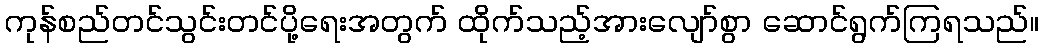
ကုန်စည်တင်သွင်းတင်ပို့ရေးအတွက် ထိုက်သည့်အားလျော်စွာ ဆောင်ရွက်ကြရသည်။